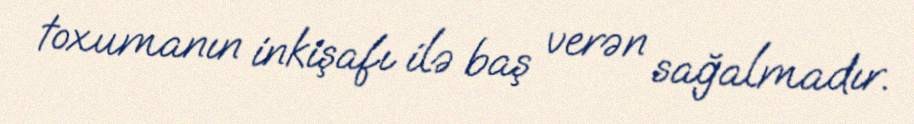
toxumanın inkişafı ilə baş verən sağalmadır.